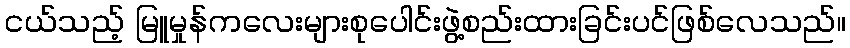
ငယ်သည့် မြူမှုန်ကလေးများစုပေါင်းဖွဲ့စည်းထားခြင်းပင်ဖြစ်လေသည်။